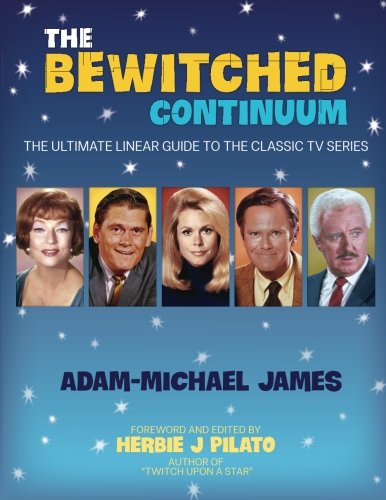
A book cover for The Bewitched Continuum: The Ultimate Linear Guide to the Classic TV Series; Adam-Michael James; Humor & Entertainment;